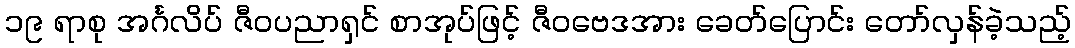
၁၉ ရာစု အင်္ဂလိပ် ဇီဝပညာရှင် စာအုပ်ဖြင့် ဇီဝဗေဒအား ခေတ်ပြောင်း တော်လှန်ခဲ့သည့်